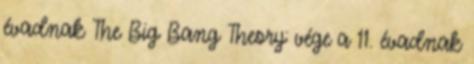
évadnak The Big Bang Theory: vége a 11. évadnak